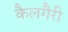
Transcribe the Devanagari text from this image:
कैलगैरी